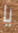
يا